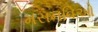
મસનવિઓ